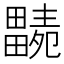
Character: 𤳭